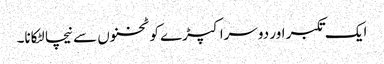
ایک تکبر اور دوسرا کپڑے کو ٹخنوں سے نیچا لٹکانا۔